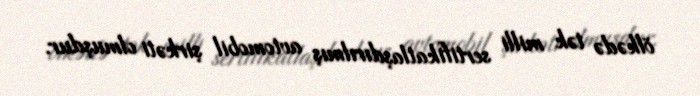
ölkədə tək milli sertifikatlaşdırılmış avtomobil şirkəti olmuşdur.